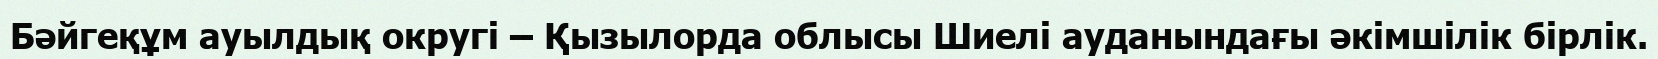
Бәйгеқұм ауылдық округі – Қызылорда облысы Шиелі ауданындағы әкімшілік бірлік.